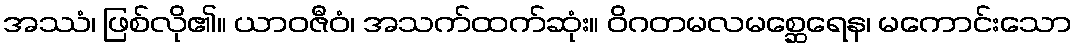
အဿံ၊ ဖြစ်လို၏။ ယာဝဇီဝံ၊ အသက်ထက်ဆုံး။ ဝိဂတမလမစ္ဆေရေန၊ မကောင်းသော